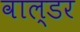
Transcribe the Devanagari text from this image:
वाल्डर